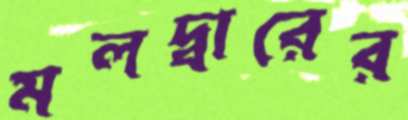
মলদ্বারের